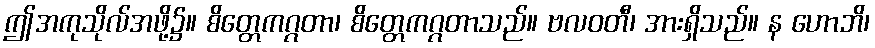
ဤအကုသိုလ်အဖို့၌။ စိတ္တေကဂ္ဂတာ၊ စိတ္တေကဂ္ဂတာသည်။ ဗလဝတီ၊ အားရှိသည်။ န ဟောဘိ၊